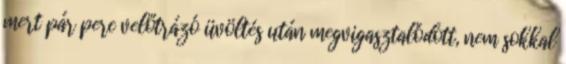
mert pár perc velőtrázó üvöltés után megvigasztalódott, nem sokkal